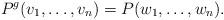
LaTeX: \begin{align*}P^g(v_1, \ldots, v_n)=P(w_1, \ldots, w_n).\end{align*}